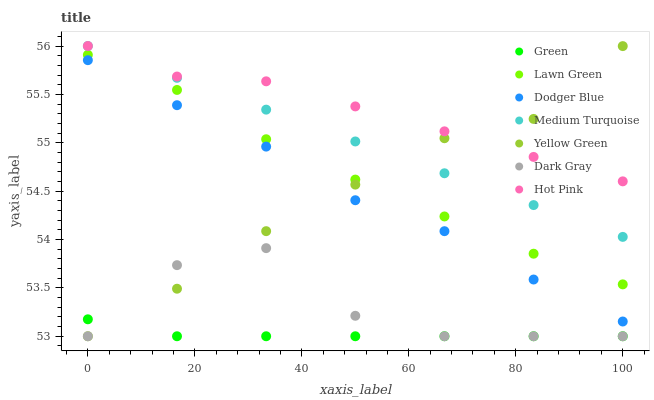
| xaxis_label | Green | Lawn Green | Dodger Blue | Medium Turquoise | Yellow Green | Dark Gray | Hot Pink |
 | --- | --- | --- | --- | --- | --- | --- | --- |
 | 0 | 53.2 | 55.9 | 55.9 | 56 | 53 | 53 | 56 |
 | 16.7 | 53 | 55.5 | 55.4 | 55.7 | 53.5 | 53.7 | 55.7 |
 | 33.3 | 53 | 55 | 55 | 55.3 | 54.1 | 53.9 | 55.6 |
 | 50 | 53 | 54.6 | 54.4 | 55 | 54.6 | 53.2 | 55.4 |
 | 66.7 | 53 | 54.2 | 54.1 | 54.7 | 55 | 53 | 55.1 |
 | 83.3 | 53 | 53.9 | 53.6 | 54.4 | 55.2 | 53 | 54.9 |
 | 100 | 53 | 53.5 | 53.2 | 54 | 56 | 53 | 54.6 |